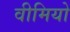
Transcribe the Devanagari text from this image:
वीमियो